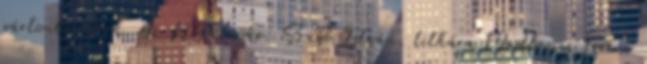
pártonkívüliek. Az NB elnöke: Szabó István, titkára Madlovics Ferenc